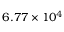
6 . 7 7 \times 1 0 ^ { 4 }